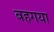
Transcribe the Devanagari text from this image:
बहगया